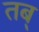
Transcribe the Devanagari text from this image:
तब्